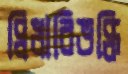
দ্বিধাবিভক্তি